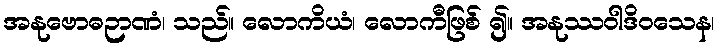
အနုဗောဓဉာဏံ၊ သည်။ လောကိယံ၊ လောကီဖြစ် ၍။ အနုဿဝါဒိဝသေန၊